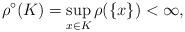
LaTeX: \begin{align*}{ \rho^{\circ}(K) } = { \sup_{x \in K} \rho(\{ x \}) } < { \infty },\end{align*}